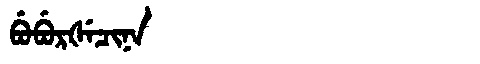
Manchu: ᠪᡠᠪᡠᡵᡧᡝᠴᡳᠨᠠ
Romanization: BUBURŠECINA